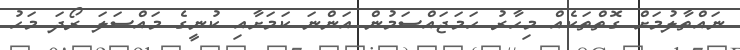
ނައްތާލުމަށް ގޮތްތަކެއް މިހާރު ހަމަޖައްސަމުން އަންނަ ކަމަށާއި ކުނީގެ މައްސަލަ ރޯދަ މަހު